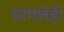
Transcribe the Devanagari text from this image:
चांगलेही